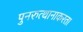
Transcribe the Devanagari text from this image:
पुनरुत्थानाकरता